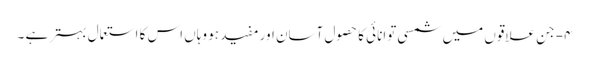
۴- جن علاقوں میں شمسی توانائی کا حصول آسان اور مفید ہو وہاں اس کا استعمال بہتر ہے ۔